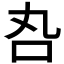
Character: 𠮫